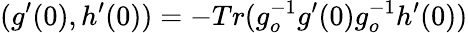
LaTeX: (g^{\prime}(0),h^{\prime}(0))=-Tr(g_{o}^{-1}g^{\prime}(0)g_{o}^{-1}h^{\prime}(0))